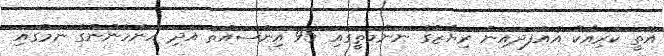
އޮތީ ކުރިއެކޭ އެއްފަދައިން ރިޔާޒްގެ ނަންމަތީގައި 95 އިންސައްތަ އަދި އަންހެނުންގެ ނަމުގައި